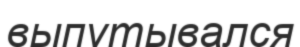
выпутывался